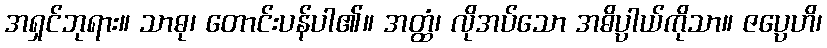
အရှင်ဘုရား။ သာဓု၊ တောင်းပန်ပါ၏။ အတ္ထံ၊ လိုအပ်သော အဓိပ္ပာယ်ကိုသာ။ ဇပ္ပေဟိ၊